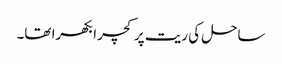
ساحل کی ریت پر کچرا بکھرا تھا۔